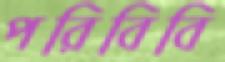
পরিবিবি